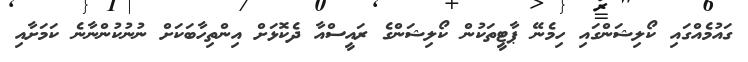
ގައުމެއްގައި ކޯލިޝަންގައި ހިމެނޭ ޕާޓީތަކުން ކޯލިޝަންގެ ރައީސްއާ ދެކޮޅަށް އިންތިހާބަކަށް ނުނުކުންނާނެ ކަމަށާއި